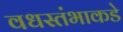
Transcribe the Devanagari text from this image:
वधस्तंभाकडे